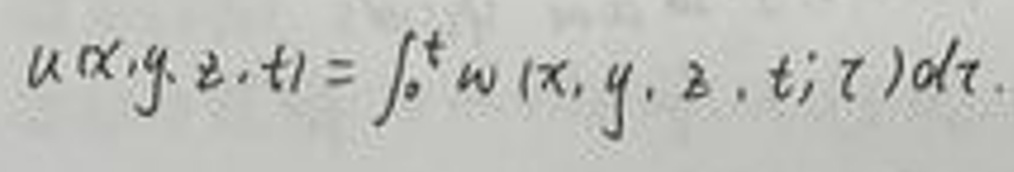
\[
u(x,y,z,t)=\int_{0}^{t} w(x,y,z,t;\tau)d\tau
\]